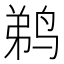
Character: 鹈